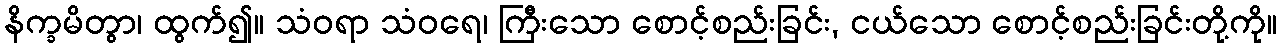
နိက္ခမိတွာ၊ ထွက်၍။ သံဝရာ သံဝရေ၊ ကြီးသော စောင့်စည်းခြင်း, ငယ်သော စောင့်စည်းခြင်းတို့ကို။